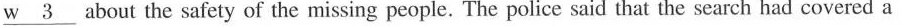
w___3about the safety of the missing people. The police said that the search had covered a